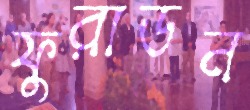
ফুরাডন